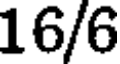
16/6